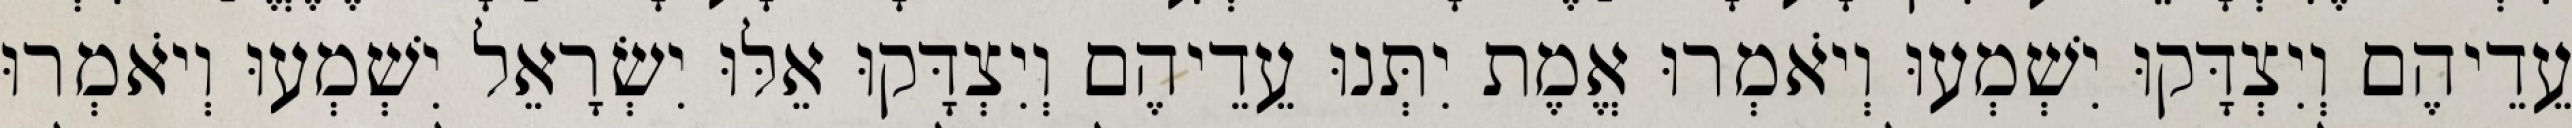
עֵדֵיהֶם וְיִצְדָּקוּ יִשְׁמְעוּ וְיֹאמְרוּ אֱמֶת יִתְּנוּ עֵדֵיהֶם וְיִצְדָּקוּ אֵלּוּ יִשְׂרָאֵל יִשְׁמְעוּ וְיֹאמְרוּ